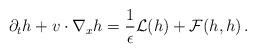
LaTeX: \begin{align*} \partial_t h + v\cdot\nabla_x h=\frac{1}{\epsilon}\mathcal L(h)+\mathcal F(h,h)\,. \end{align*}